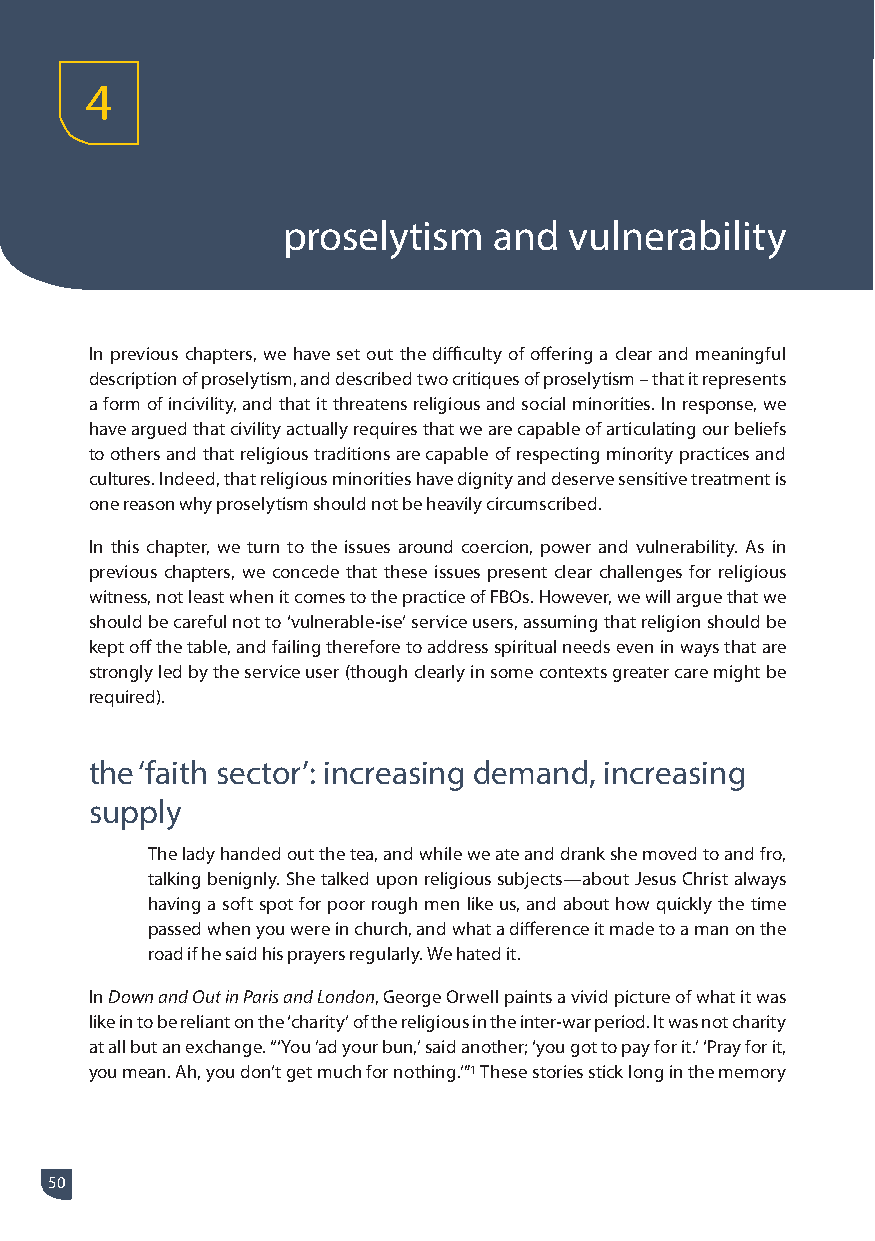
4
 proselytism   and  vulnerability
 In previous chapters, we have set out the difficulty of offering a clear and meaningful
 description of proselytism, and described two critiques of proselytism – that it represents
 a form of incivility, and that it threatens religious and social minorities. In response, we
 have argued that civility actually requires that we are capable of articulating our beliefs
 to others and that religious traditions are capable of respecting minority practices and
 cultures. Indeed, that religious minorities have dignity and deserve sensitive treatment is
 one reason why proselytism should not be heavily circumscribed.
 In this chapter, we turn to the issues around coercion, power and vulnerability. As in
 previous chapters, we concede that these issues present clear challenges for religious
 witness, not least when it comes to the practice of FBOs. However, we will argue that we
 should be careful not to ‘vulnerable-ise’ service users, assuming that religion should be
 kept off the table, and failing therefore to address spiritual needs even in ways that are
 strongly led by the service user (though clearly in some contexts greater care might be
 required).
 the ‘faith sector’: increasing demand, increasing
 supply
 The lady handed out the tea, and while we ate and drank she moved to and fro,
 talking benignly. She talked upon religious subjects—about Jesus Christ always
 having a soft spot for poor rough men like us, and about how quickly the time
 passed when you were in church, and what a difference it made to a man on the
 road if he said his prayers regularly. We hated it.
 In Down and Out in Paris and London, George Orwell paints a vivid picture of what it was
 like in to be reliant on the ‘charity’ of the religious in the inter-war period. It was not charity
 at all but an exchange. “‘You ’ad your bun,’ said another; ‘you got to pay for it.’ ‘Pray for it,
 you mean. Ah, you don’t get much for nothing.’”1 These stories stick long in the memory
 50